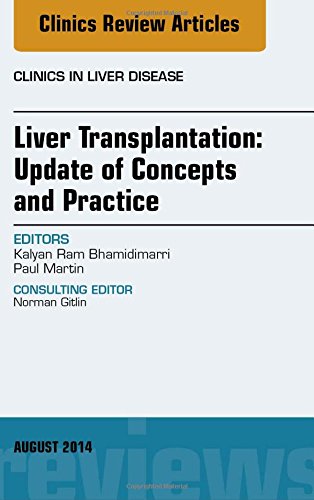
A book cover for Liver Transplantation: Update of Concepts and Practice, An Issue of Clinics in Liver Disease, 1e (The Clinics: Internal Medicine); Kalyan Ram Bhamidimarri MD  MPH; Health, Fitness & Dieting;